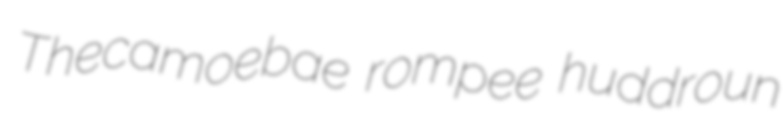
Thecamoebae rompee huddroun